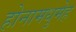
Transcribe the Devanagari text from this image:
होनामधुमेह